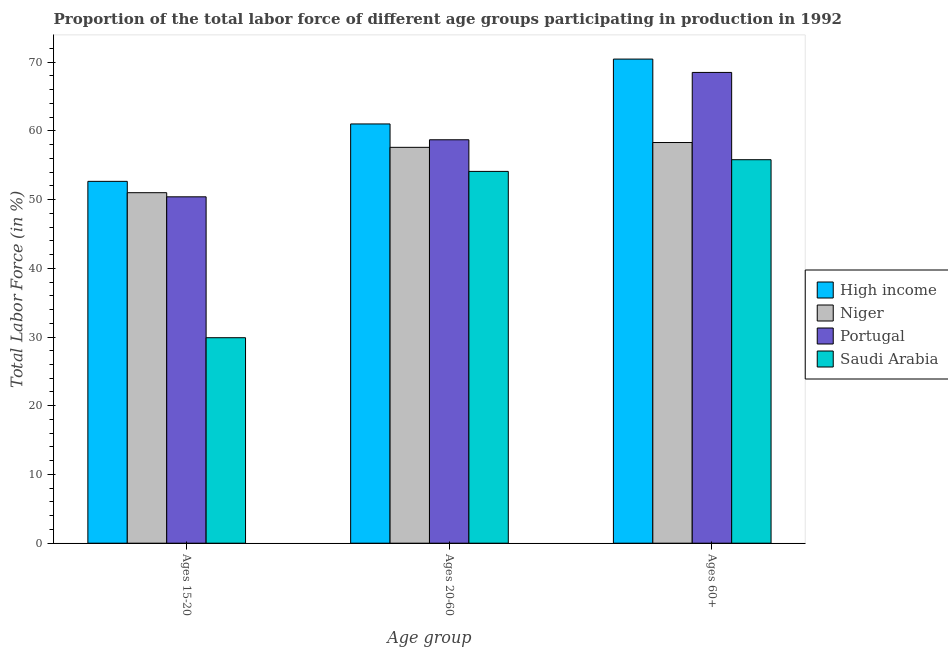
| Age group | High income | Niger | Portugal | Saudi Arabia |
 | --- | --- | --- | --- | --- |
 | Ages 15-20 | 52.6 | 51 | 50.4 | 29.9 |
 | Ages 20-60 | 61 | 57.6 | 58.7 | 54.1 |
 | Ages 60+ | 70.4 | 58.3 | 68.5 | 55.8 |